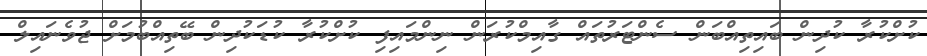
ކުށްކުރާ ކުދިން ބައިތިއްބަން ސެންޓަރުތައް ގާއިމްކުރަން ނިންމައިފި ކުށްކުރާ ކުޑަކުދިން ބޭތިއްބުމަށް ޖުވެނައިލް